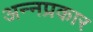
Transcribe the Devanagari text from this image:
अन्नप्रकार